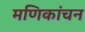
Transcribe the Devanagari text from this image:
मणिकांचन